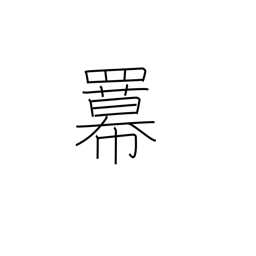
Meaning: power